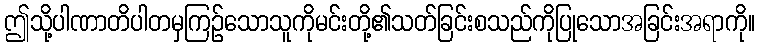
ဤသို့ပါဏာတိပါတမှကြဉ်သောသူကိုမင်းတို့၏သတ်ခြင်းစသည်ကိုပြုသောအခြင်းအရာကို။